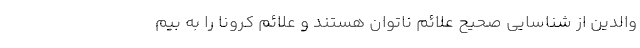
والدین از شناسایی صحیح علائم ناتوان هستند و علائم کرونا را به بیم